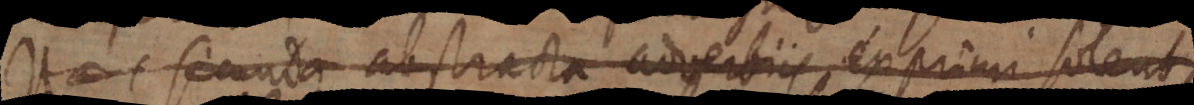
Haec secunda abstracta adverbiis exprimi solent